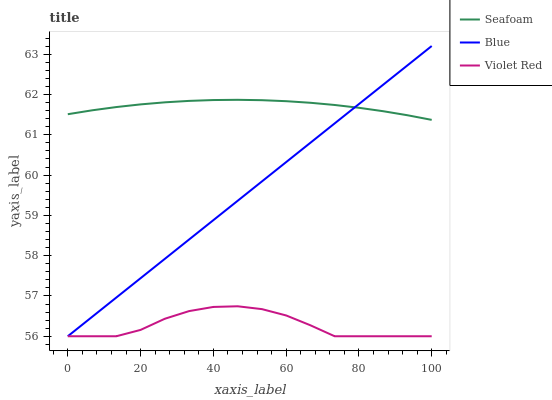
| xaxis_label | Seafoam | Blue | Violet Red |
 | --- | --- | --- | --- |
 | 0 | 61.5 | 56 | 56 |
 | 6.67 | 61.6 | 56.5 | 56 |
 | 13.3 | 61.7 | 57 | 56 |
 | 20 | 61.8 | 57.4 | 56.2 |
 | 26.7 | 61.8 | 57.9 | 56.4 |
 | 33.3 | 61.8 | 58.4 | 56.6 |
 | 40 | 61.9 | 58.9 | 56.7 |
 | 46.7 | 61.9 | 59.4 | 56.7 |
 | 53.3 | 61.9 | 59.8 | 56.7 |
 | 60 | 61.8 | 60.3 | 56.5 |
 | 66.7 | 61.8 | 60.8 | 56.3 |
 | 73.3 | 61.7 | 61.3 | 56 |
 | 80 | 61.7 | 61.8 | 56 |
 | 86.7 | 61.6 | 62.2 | 56 |
 | 93.3 | 61.5 | 62.7 | 56 |
 | 100 | 61.4 | 63.2 | 56 |